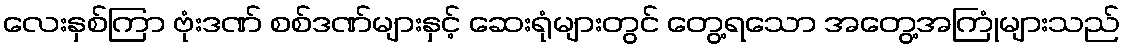
လေးနှစ်ကြာ ဗုံးဒဏ် စစ်ဒဏ်များနှင့် ဆေးရုံများတွင် တွေ့ရသော အတွေ့အကြုံများသည်